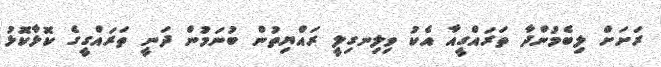
ރަށަށް ލިބެމުންދާ ތަރައްގީއާ އެކު ވިލިނގިލީ ރައްޔިތުން ބުނަމުން ދަނީ ތަރައްގީގެ ކޮޅާކޮޅު